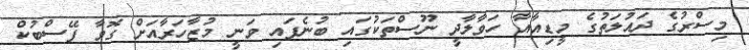
މިސްރުގެ ދައުލަތުގެ މީޑިއާއާ ހަވާލާދީ ނޫސްތަކުގައި ބުނެފައި ވަނީ މުޒާހަރާއަށް ގޮވާ ފޭސްބުކް